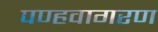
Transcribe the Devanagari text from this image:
पण्हवागरण